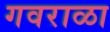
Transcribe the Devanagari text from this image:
गवराळा